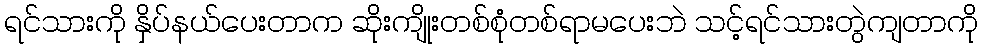
ရင်သားကို နှိပ်နယ်ပေးတာက ဆိုးကျိုးတစ်စုံတစ်ရာမပေးဘဲ သင့်ရင်သားတွဲကျတာကို